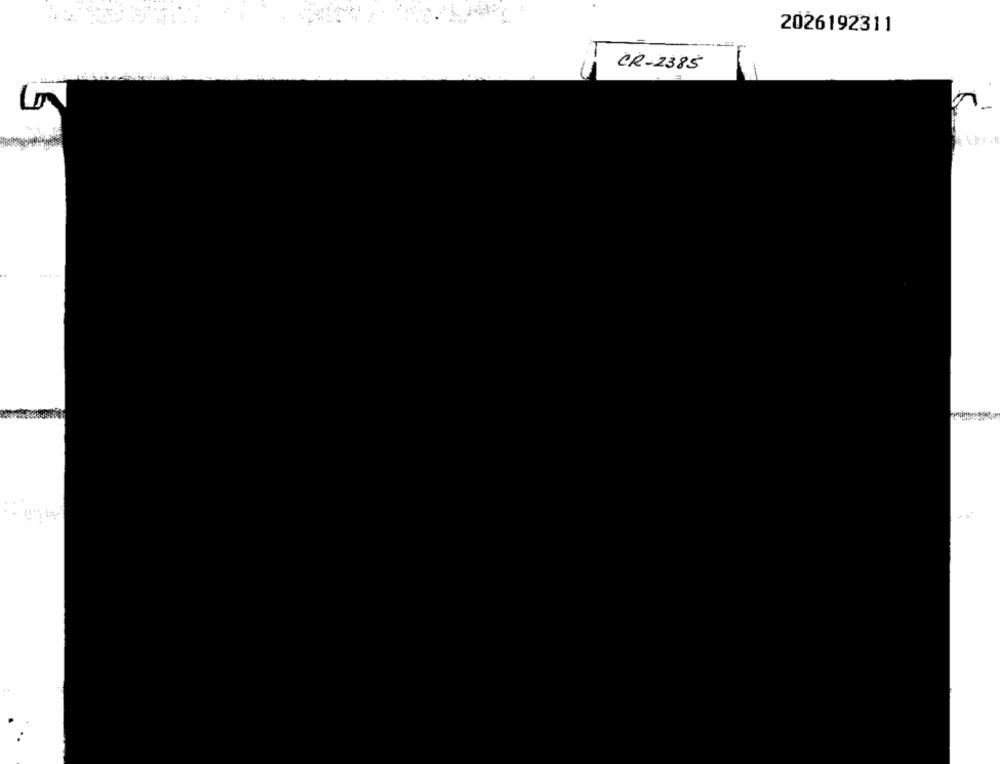
2026192311
CR-2385